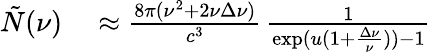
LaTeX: \begin{array}{rl}{\tilde{N}(\nu)}&{{}\approx\frac{8\pi(\nu^{2}+2\nu\Delta\nu)}{c^{3}}\, \frac{1}{\exp(u(1+\frac{\Delta\nu}{\nu}))-1}}\end{array}